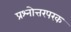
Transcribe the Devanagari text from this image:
प्रश्नोत्तरपरक